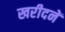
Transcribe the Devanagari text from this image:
खरीदनें